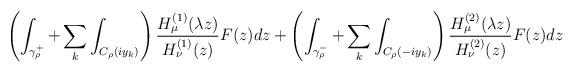
LaTeX: \begin{align*}\left( \int_{\gamma _\rho^+}+\sum_{k}\int_{C_\rho (iy_k)}\right) \frac{H^{(1)}_{\mu }(\lambda z)}{H^{(1)}_{\nu }(z)}F(z)dz+\left( \int_{\gamma _\rho^-}+\sum_{k}\int_{C_\rho (-iy_k)}\right) \frac{H^{(2)}_{\mu }(\lambda z)}{H^{(2)}_{\nu }(z)}F(z)dz\end{align*}